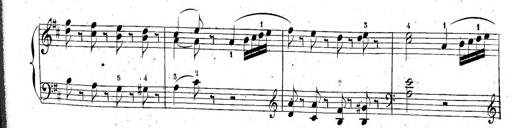
Title: 6 Sonatinen, Op.95
Composer: Ferdinand Hiller
Key: Various